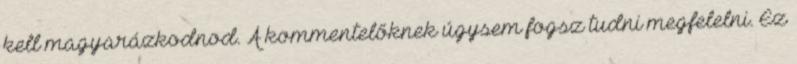
kell magyarázkodnod. A kommentelőknek úgysem fogsz tudni megfelelni. Ez